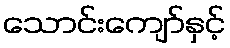
သောင်းကျော်နှင့်